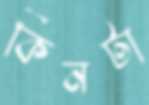
কিনটা